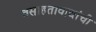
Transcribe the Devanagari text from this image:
वसाहतावाद्यांची